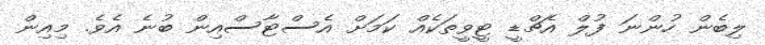
ލިބެން ހުންނަ ފުލް އެޗްޑީ ޓީވީތަކެއް ކަމަށް އެސްޓާސްއިން ބުނެ އެވެ. މިއިން